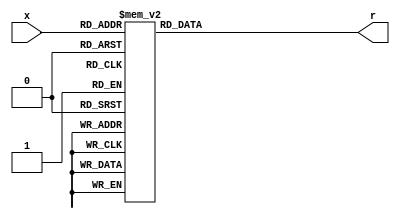
`timescale 1ns / 1ps

module hexto7seg(
    input [3:0] x,  //input is the digit
    output reg [6:0] r
    );
    
    always @(*)
        case (x)
            4'b0000 : r = 7'b0000001;
            4'b0001 : r = 7'b1001111;
            4'b0010 : r = 7'b0010010;
            4'b0011 : r = 7'b0000110;
            4'b0100 : r = 7'b1001100;
            4'b0101 : r = 7'b0100100;
            4'b0110 : r = 7'b0100000;
            4'b0111 : r = 7'b0001111;
            4'b1000 : r = 7'b0000000;
            4'b1001 : r = 7'b0000100;   //9
            4'b1010 : r = 7'b0001000;
            4'b1011 : r = 7'b0000000;
            4'b1100 : r = 7'b0110001;
            4'b1101 : r = 7'b0000001;
            4'b1110 : r = 7'b0110000;
            4'b1111 : r = 7'b0111000;
        endcase
     
endmodule